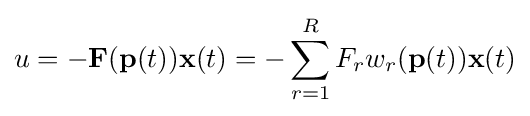
u=-\mathbf {F} (\mathbf {p} (t))\mathbf {x} (t)=-\sum _{r=1}^{R}F_{r}w_{r}(\mathbf {p} (t))\mathbf {x} (t)